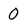
Character: 0